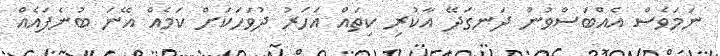
ނަމަވެސް އެއްބަސްވުން ދަނގަދޭ އާކުރި ކިތައް އަހަރު ދުވަހަކަށް ކަމެއް އޭނަ ބުނެފައެއް